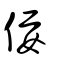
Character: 佞